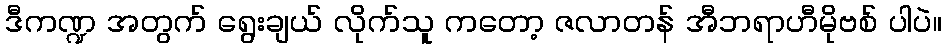
ဒီကဏ္ဍ အတွက် ရွေးချယ် လိုက်သူ ကတော့ ဇလာတန် အီဘရာဟီမိုဗစ် ပါပဲ။